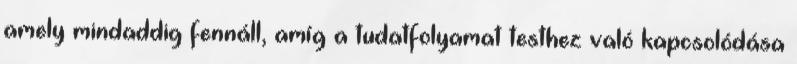
amely mindaddig fennáll, amíg a tudatfolyamat testhez való kapcsolódása